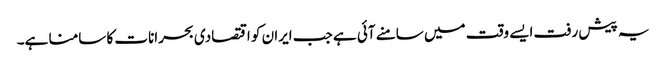
یہ پیش رفت ایسے وقت میں سامنے آئی ہے جب ایران کو اقتصادی بحرانات کا سامنا ہے۔